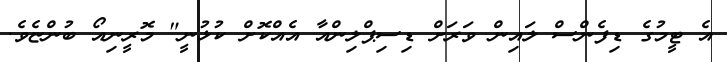
އެ ޓީމުގެ ޑިފެންސް ލައިން ވަރަށް ޑިސިޕްލިންއާ އެއްކޮށް ކުޅުނީ" މޮރީނިއޯ ބުންޏެވެ.